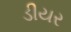
ડીયર